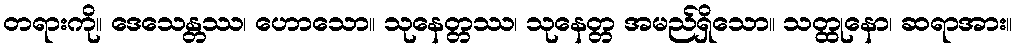
တရားကို။ ဒေသေန္တဿ၊ ဟောသော။ သုနေတ္တဿ၊ သုနေတ္တ အမည်ရှိသော။ သတ္ထုနော၊ ဆရာအား။